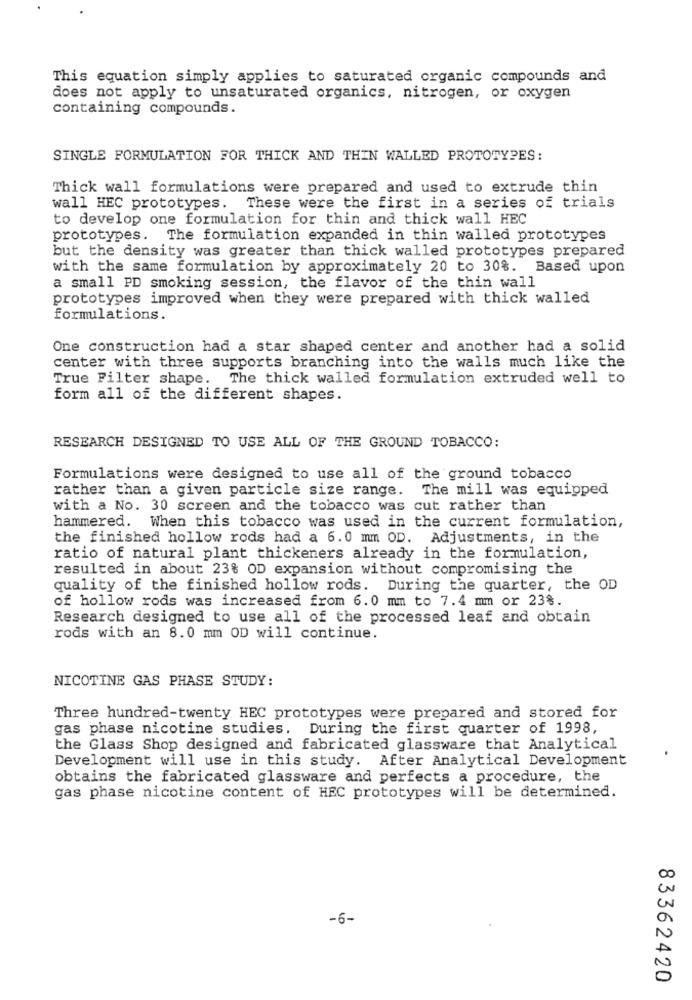
This equation simply applies to saturated organic compounds and
does not apply to unsaturated organics, nitrogen, or oxygen
containing compounds.
SINGLE FORMULATION FOR THICK AND THIN WALLED PROTOTYPES:
Thick wall formulations were prepared and used to extrude thin
wall HEC prototypes. These were the first in a series of trials
to develop one formulation for thin and thick wall HEC
prototypes. The formulation expanded in thin walled prototypes
but the density was greater than thick walled prototypes prepared
with the same formulation by approximately 20 to 30%. Based upon
a small PD smoking session, the flavor of the thin wall
prototypes improved when they were prepared with thick walled
formulations.
One construction had a star shaped center and another had a solid
center with three supports branching into the walls much like the
True Filter shape.
The thick walled formulation extruded well to
form all of the different shapes.
RESEARCH DESIGNED TO USE ALL OF THE GROUND TOBACCO:
Formulations were designed to use all of the ground tobacco
rather than a given particle size range. The mill was equipped
with a No. 30 screen and the tobacco was cut rather than
hammered. When this tobacco was used in the current formulation,
the finished hollow rods had a 6.0 mm OD. Adjustments, in the
ratio of natural plant thickeners already in the formulation,
resulted in about 23% OD expansion without compromising the
quality of the finished hollow rods. During the quarter, the OD
of hollow rods was increased from 6. 0 mm to 7.4 mm or 23%.
Research designed to use all of the processed leaf and obtain
rods with an 8.0 mm OD will continue.
NICOTINE GAS PHASE STUDY:
Three hundred-twenty HEC prototypes were prepared and stored for
gas phase nicotine studies. During the first quarter of 1998,
the Glass Shop designed and fabricated glassware that Analytical
Development will use in this study. After Analytical Development
obtains the fabricated glassware and perfects a procedure, the
gas phase nicotine content of HEC prototypes will be determined.
-6-
83362420